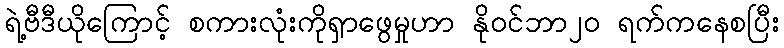
ရဲ့ဗီဒီယိုကြောင့် စကားလုံးကိုရှာဖွေမှုဟာ နိုဝင်ဘာ၂၀ ရက်ကနေစပြီး